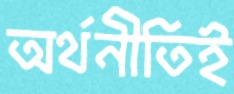
অর্থনীতিই